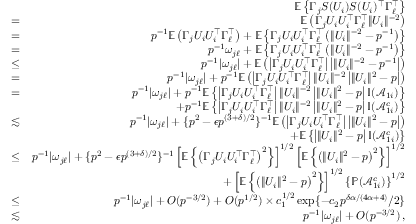
\begin{array} { r l r } & { } & { { \mathbb { E } } \left\{ \Gamma _ { j } S ( U _ { i } ) S ( U _ { i } ) ^ { \top } \Gamma _ { \ell } ^ { \top } \right\} } \\ & { = } & { { \mathbb { E } } \left( \Gamma _ { j } U _ { i } U _ { i } ^ { \top } \Gamma _ { \ell } ^ { \top } \| U _ { i } \| ^ { - 2 } \right) } \\ & { = } & { p ^ { - 1 } { \mathbb { E } } \left( \Gamma _ { j } U _ { i } U _ { i } ^ { \top } \Gamma _ { \ell } ^ { \top } \right) + { \mathbb { E } } \left\{ \Gamma _ { j } U _ { i } U _ { i } ^ { \top } \Gamma _ { \ell } ^ { \top } \left( \| U _ { i } \| ^ { - 2 } - p ^ { - 1 } \right) \right\} } \\ & { = } & { p ^ { - 1 } \omega _ { j \ell } + { \mathbb { E } } \left\{ \Gamma _ { j } U _ { i } U _ { i } ^ { \top } \Gamma _ { \ell } ^ { \top } \left( \| U _ { i } \| ^ { - 2 } - p ^ { - 1 } \right) \right\} } \\ & { \leq } & { p ^ { - 1 } | \omega _ { j \ell } | + { \mathbb { E } } \left( \left| \Gamma _ { j } U _ { i } U _ { i } ^ { \top } \Gamma _ { \ell } ^ { \top } \right| \left| \| U _ { i } \| ^ { - 2 } - p ^ { - 1 } \right| \right) } \\ & { = } & { p ^ { - 1 } | \omega _ { j \ell } | + p ^ { - 1 } { \mathbb { E } } \left( \left| \Gamma _ { j } U _ { i } U _ { i } ^ { \top } \Gamma _ { \ell } ^ { \top } \right| \| U _ { i } \| ^ { - 2 } \left| \| U _ { i } \| ^ { 2 } - p \right| \right) } \\ & { = } & { p ^ { - 1 } | \omega _ { j \ell } | + p ^ { - 1 } { \mathbb { E } } \left\{ \left| \Gamma _ { j } U _ { i } U _ { i } ^ { \top } \Gamma _ { \ell } ^ { \top } \right| \| U _ { i } \| ^ { - 2 } \left| \| U _ { i } \| ^ { 2 } - p \right| { \mathbb { I } } ( \mathcal { A } _ { 1 i } ) \right\} } \\ & { } & { + p ^ { - 1 } { \mathbb { E } } \left\{ \left| \Gamma _ { j } U _ { i } U _ { i } ^ { \top } \Gamma _ { \ell } ^ { \top } \right| \| U _ { i } \| ^ { - 2 } \left| \| U _ { i } \| ^ { 2 } - p \right| { \mathbb { I } } ( \mathcal { A } _ { 1 i } ^ { c } ) \right\} } \\ & { \lesssim } & { p ^ { - 1 } | \omega _ { j \ell } | + \{ p ^ { 2 } - \epsilon p ^ { ( 3 + \delta ) / 2 } \} ^ { - 1 } { \mathbb { E } } \left( \left| \Gamma _ { j } U _ { i } U _ { i } ^ { \top } \Gamma _ { \ell } ^ { \top } \right| \left| \| U _ { i } \| ^ { 2 } - p \right| \right) } \\ & { } & { + { \mathbb { E } } \left\{ \left| \| U _ { i } \| ^ { 2 } - p \right| { \mathbb { I } } ( \mathcal { A } _ { 1 i } ^ { c } ) \right\} } \\ & { \leq } & { p ^ { - 1 } | \omega _ { j \ell } | + \{ p ^ { 2 } - \epsilon p ^ { ( 3 + \delta ) / 2 } \} ^ { - 1 } \left[ { \mathbb { E } } \left\{ \left( \Gamma _ { j } U _ { i } U _ { i } ^ { \top } \Gamma _ { \ell } ^ { \top } \right) ^ { 2 } \right\} \right] ^ { 1 / 2 } \left[ { \mathbb { E } } \left\{ \left( \| U _ { i } \| ^ { 2 } - p \right) ^ { 2 } \right\} \right] ^ { 1 / 2 } } \\ & { } & { + \left[ { \mathbb { E } } \left\{ \left( \| U _ { i } \| ^ { 2 } - p \right) ^ { 2 } \right\} \right] ^ { 1 / 2 } \left\{ { \mathbb { P } } ( \mathcal { A } _ { 1 i } ^ { c } ) \right\} ^ { 1 / 2 } } \\ & { \leq } & { p ^ { - 1 } | \omega _ { j \ell } | + O ( p ^ { - 3 / 2 } ) + O ( p ^ { 1 / 2 } ) \times c _ { 1 } ^ { 1 / 2 } \exp \{ - c _ { 2 } p ^ { \delta \alpha / ( 4 \alpha + 4 ) } / 2 \} } \\ & { \lesssim } & { p ^ { - 1 } | \omega _ { j \ell } | + O ( p ^ { - 3 / 2 } ) \, , } \end{array}